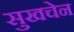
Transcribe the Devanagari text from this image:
सुखचेन